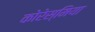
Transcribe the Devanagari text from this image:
कोरेस्मिया